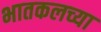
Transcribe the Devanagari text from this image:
भातकलच्या